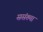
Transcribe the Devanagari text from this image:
ससंख्या